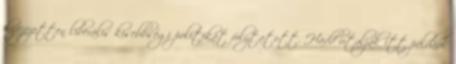
kifejezetten liberális kisebbségi politikát folytatott. Hadd utaljak itt például